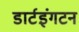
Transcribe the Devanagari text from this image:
डार्टइंगटन